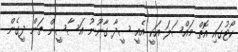
ކޯޓުގައި އޮތް މައްސަލަަ އަކީ އެއީ ސީދާ ގާނޫނު އަސާސީން ތަން ދީގެން